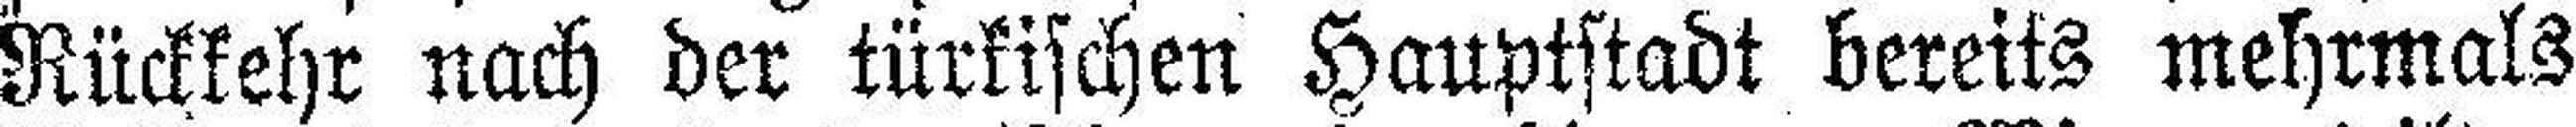
Rückkehr nach der türkischen Hauptstadt bereits mehrmals